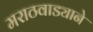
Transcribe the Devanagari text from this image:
मराठवाड्याने